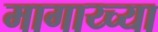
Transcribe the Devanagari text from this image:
मागाय्च्या